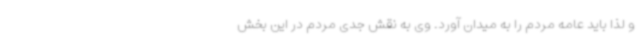
و لذا باید عامه مردم را به میدان آورد. وی به نقش جدی مردم در این بخش